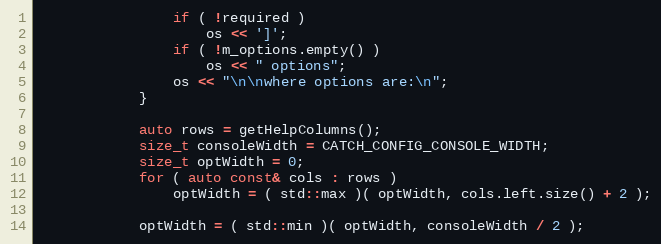
Language: C++
                if ( !required )
                    os << ']';
                if ( !m_options.empty() )
                    os << " options";
                os << "\n\nwhere options are:\n";
            }

            auto rows = getHelpColumns();
            size_t consoleWidth = CATCH_CONFIG_CONSOLE_WIDTH;
            size_t optWidth = 0;
            for ( auto const& cols : rows )
                optWidth = ( std::max )( optWidth, cols.left.size() + 2 );

            optWidth = ( std::min )( optWidth, consoleWidth / 2 );